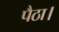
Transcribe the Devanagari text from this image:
पैठा।